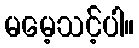
မမေ့သင့်ပါ။